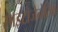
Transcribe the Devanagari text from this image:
साइटोजेनेटिक